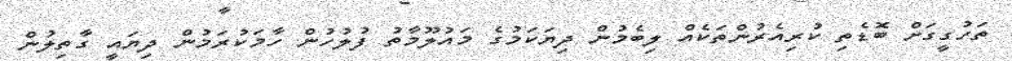
ތަހުގީގަށް ބޮޑެތި ކުރިއެރުންތަކެއް ލިބެމުން ދިޔަކަމުގެ މައުލޫމާތު ފުލުހުން ހާމަކުރަމުން ދިޔައީ ގާތިލުން